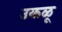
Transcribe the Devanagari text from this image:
उकळू